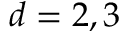
d = 2 , 3